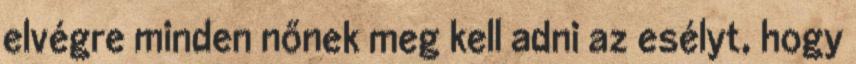
elvégre minden nőnek meg kell adni az esélyt, hogy